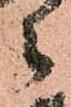
々